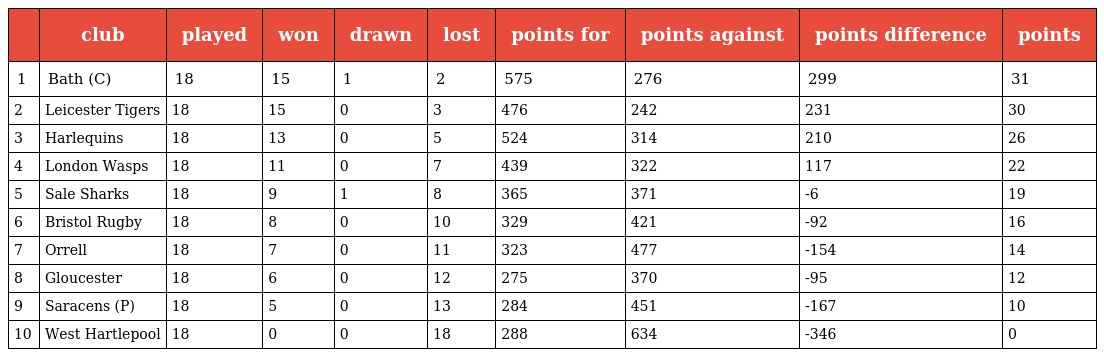
|  | club | played | won | drawn | lost | points for | points against | points difference | points |
 | --- | --- | --- | --- | --- | --- | --- | --- | --- | --- |
 | 1 | Bath (C) | 18 | 15 | 1 | 2 | 575 | 276 | 299 | 31 |
 | 2 | Leicester Tigers | 18 | 15 | 0 | 3 | 476 | 242 | 231 | 30 |
 | 3 | Harlequins | 18 | 13 | 0 | 5 | 524 | 314 | 210 | 26 |
 | 4 | London Wasps | 18 | 11 | 0 | 7 | 439 | 322 | 117 | 22 |
 | 5 | Sale Sharks | 18 | 9 | 1 | 8 | 365 | 371 | -6 | 19 |
 | 6 | Bristol Rugby | 18 | 8 | 0 | 10 | 329 | 421 | -92 | 16 |
 | 7 | Orrell | 18 | 7 | 0 | 11 | 323 | 477 | -154 | 14 |
 | 8 | Gloucester | 18 | 6 | 0 | 12 | 275 | 370 | -95 | 12 |
 | 9 | Saracens (P) | 18 | 5 | 0 | 13 | 284 | 451 | -167 | 10 |
 | 10 | West Hartlepool | 18 | 0 | 0 | 18 | 288 | 634 | -346 | 0 |